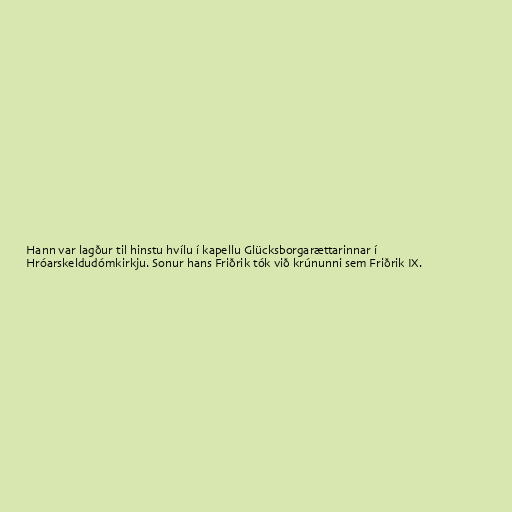
Hann var lagður til hinstu hvílu í kapellu Glücksborgarættarinnar í
Hróarskeldudómkirkju. Sonur hans Friðrik tók við krúnunni sem Friðrik IX.